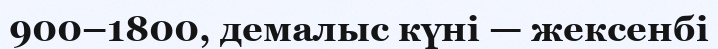
900–1800, демалыс күні — жексенбі